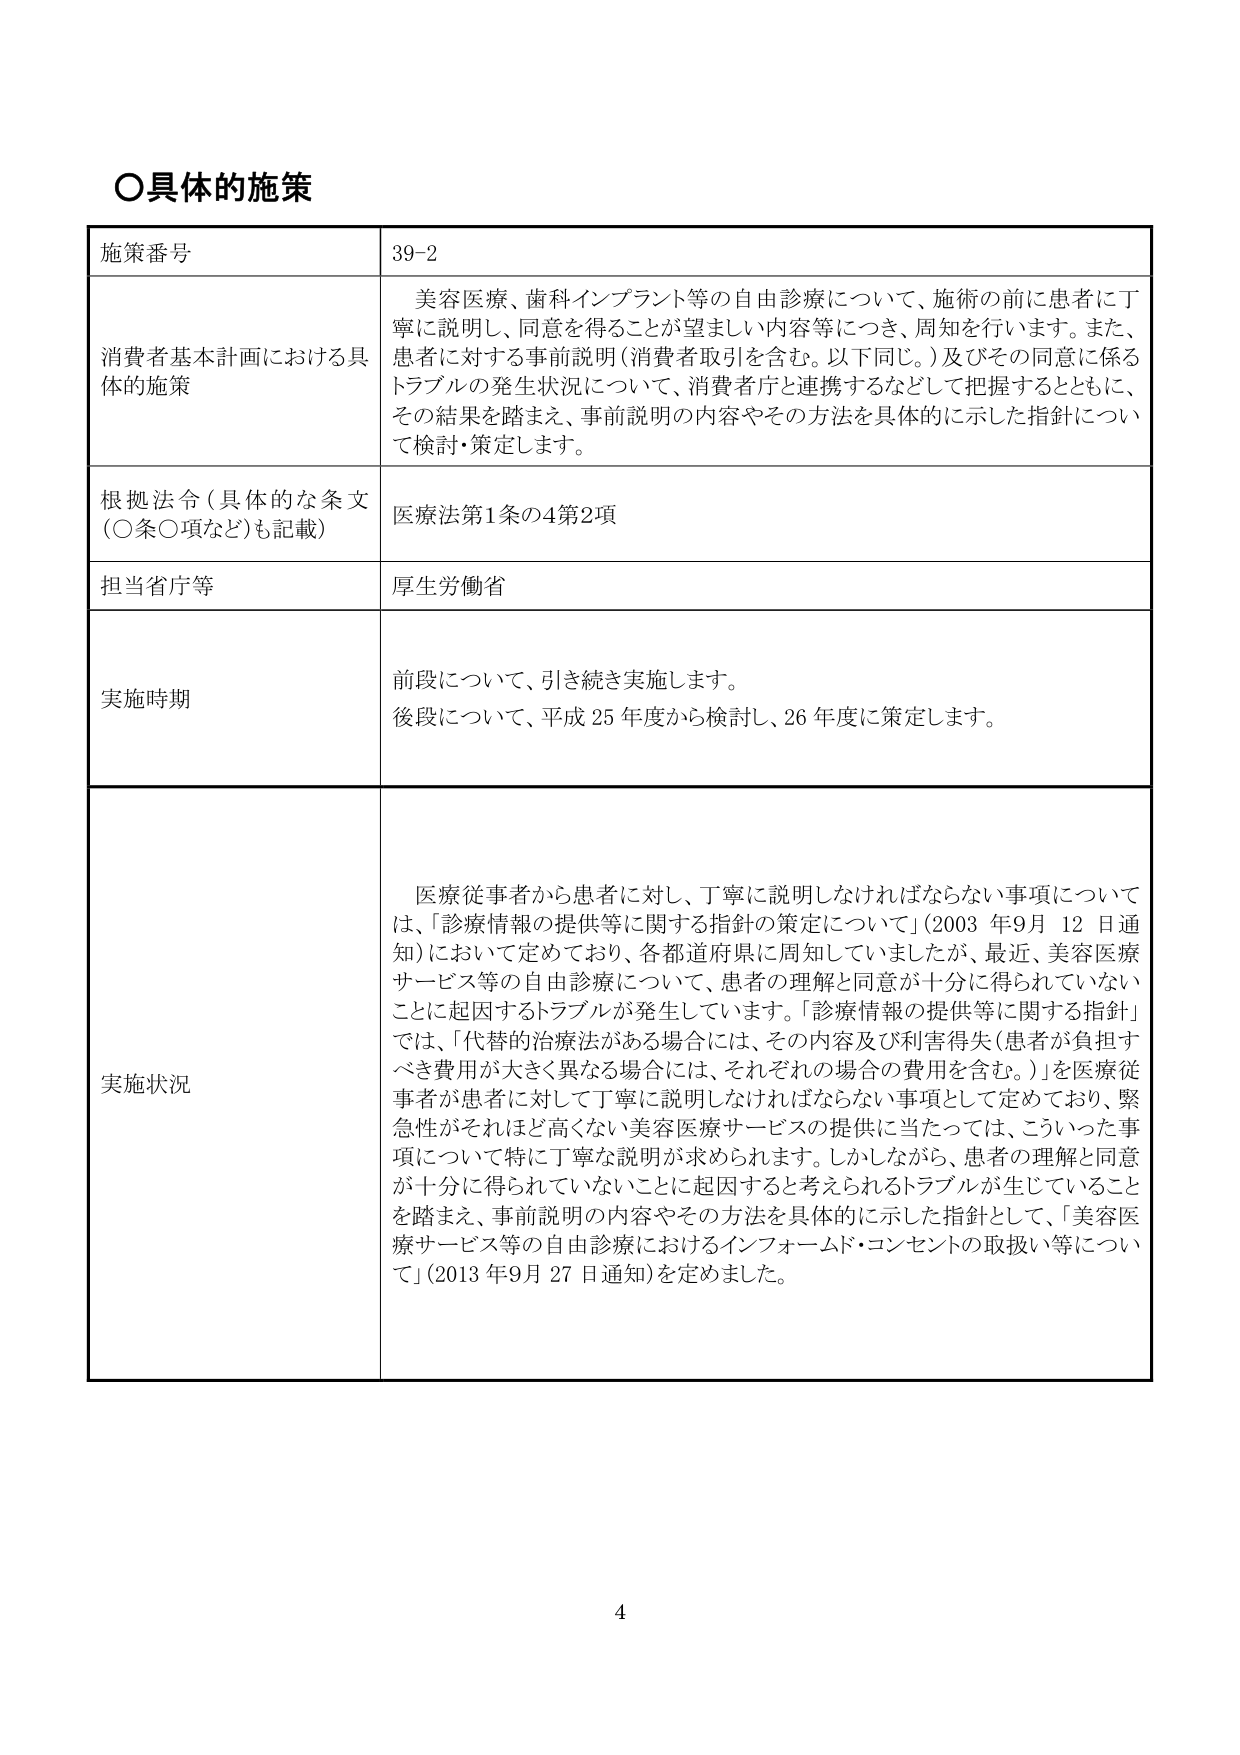
○具体的施策

施策番号 39-2

消費者基本計画における具体的施策
美容医療、歯科インプラント等の自由診療について、施術の前に患者に丁寧に説明し、同意を得ることが望ましい内容等につき、周知を行います。また、患者に対する事前説明（消費者取引を含む。以下同じ。）及びその同意に係るトラブルの発生状況について、消費者庁と連携するなどして把握するとともに、その結果を踏まえ、事前説明の内容やその方法を具体的に示した指針について検討・策定します。

根拠法令（具体的な条文（○条○項など）も記載）
医療法第1条の4第2項

担当省庁等
厚生労働省

実施時期
前段について、引き続き実施します。
後段について、平成25年度から検討し、26年度に策定します。

実施状況
医療従事者から患者に対し、丁寧に説明しなければならない事項については、「診療情報の提供等に関する指針の策定について」（2003年9月12日通知）において定めており、各都道府県に周知していましたが、最近、美容医療サービス等の自由診療について、患者の理解と同意が十分に得られていないことに起因するトラブルが発生しています。「診療情報の提供等に関する指針」では、「代替的治療法がある場合には、その内容及び利害得失（患者が負担すべき費用が大きく異なる場合には、それぞれの場合の費用を含む。）」を医療従事者が患者に対して丁寧に説明しなければならない事項として定めており、緊急性がそれほど高くない美容医療サービスの提供に当たっては、こういった事項について特に丁寧な説明が求められます。しかしながら、患者の理解と同意が十分に得られていないことに起因すると考えられるトラブルが生じていることを踏まえ、事前説明の内容やその方法を具体的に示した指針として、「美容医療サービス等の自由診療におけるインフォームド・コンセントの取扱い等について」（2013年9月27日通知）を定めました。

4